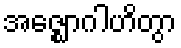
အဇ္ဈောဂါဟိတွာ